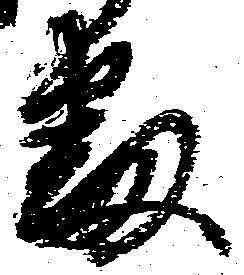
番